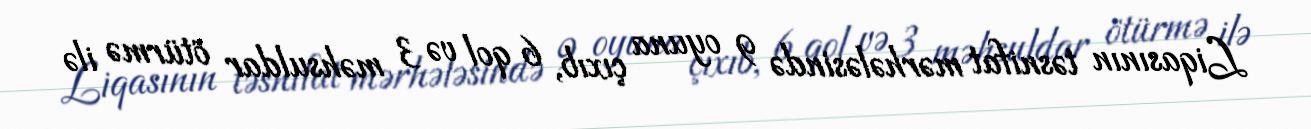
Liqasının təsnifat mərhələsində 9 oyuna çıxıb, 6 qol və 3 məhsuldar ötürmə ilə